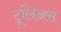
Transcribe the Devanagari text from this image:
टूलिअस